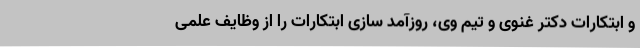
و ابتکارات دکتر غنوی و تیم وی، روزآمد سازی ابتکارات را از وظایف علمی